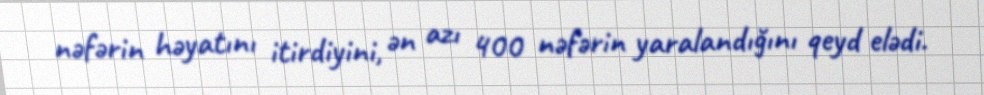
nəfərin həyatını itirdiyini, ən azı 400 nəfərin yaralandığını qeyd elədi.